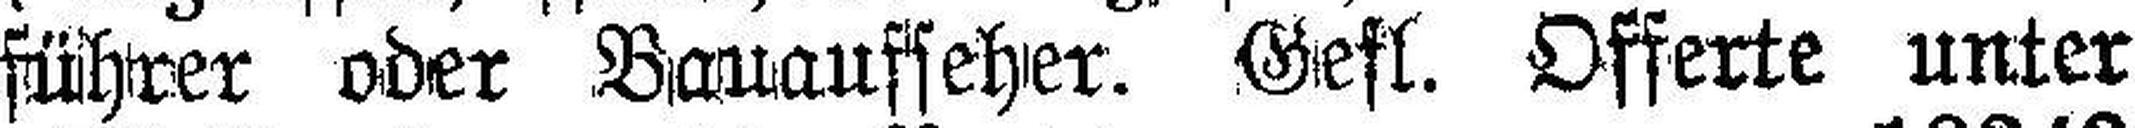
führer oder Bauauffeher. Gefl. Offerte unter